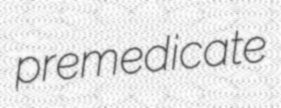
premedicate